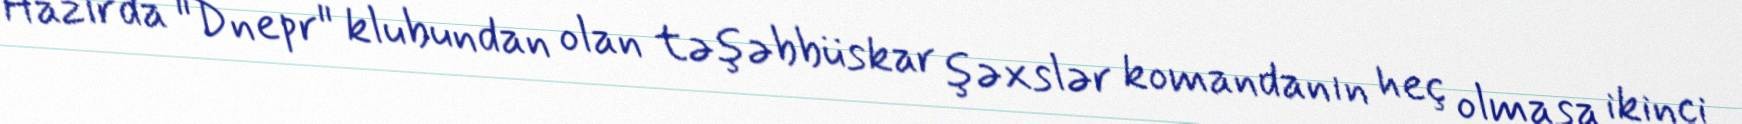
Hazırda "Dnepr" klubundan olan təşəbbüskar şəxslər komandanın heç olmasa ikinci